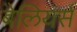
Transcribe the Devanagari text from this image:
बेलियर्स